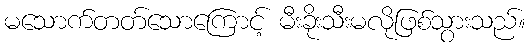
မသောက်တတ်သောကြောင့် မီးခိုးသီးမလိုဖြစ်သွားသည်။